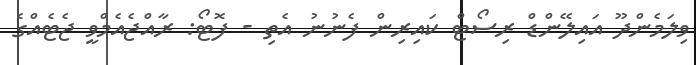
ވިލަމެންދޫ އައިލޭންޑް ރިސޯޓް ކައިރިން ފެނުނު އެތި - ފޮޓޯ: ރާއްޖެއެމްވީ ޖެޓެއްގެ